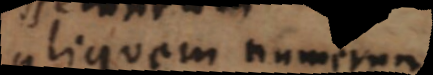
aliquem numerum